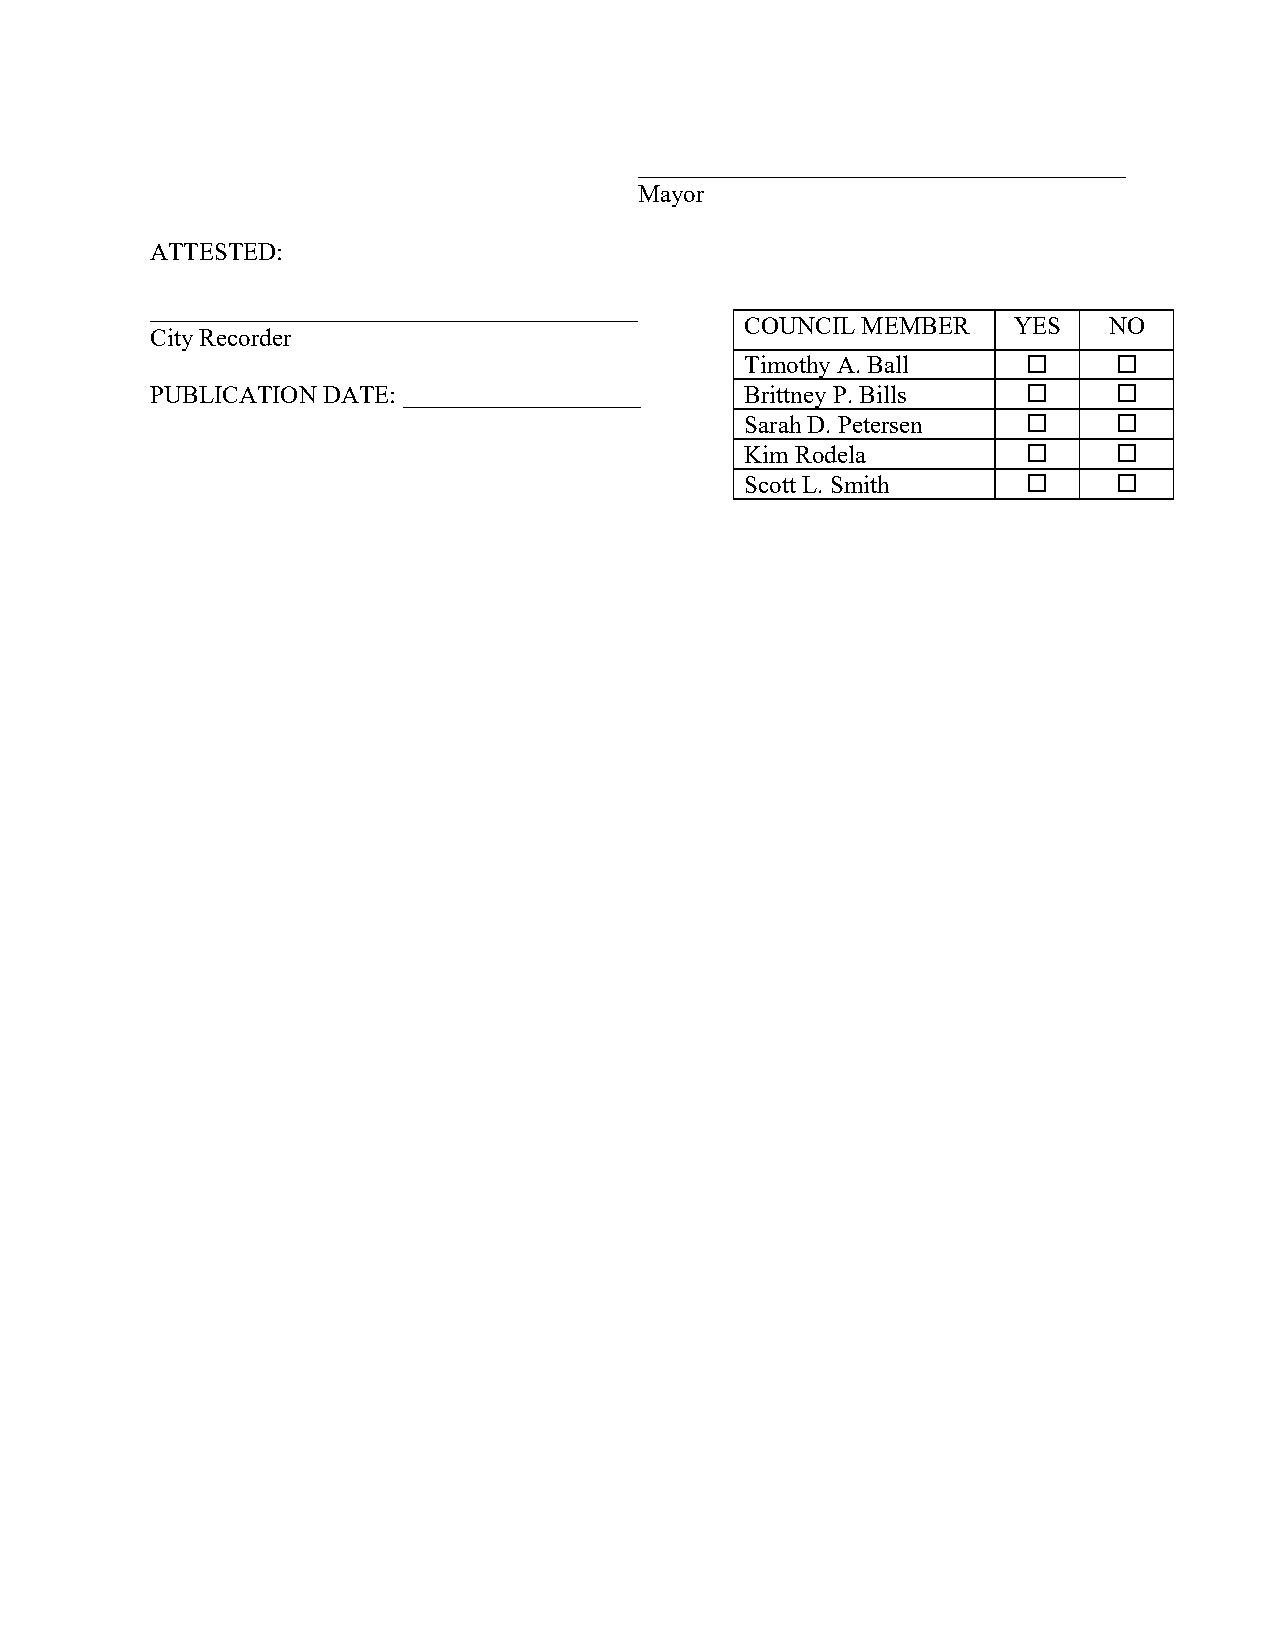
_______________________________________
 Mayor
 ATTESTED:
 _______________________________________
 COUNCIL MEMBER    YES   NO
 City Recorder
 Timothy A. Ball         
 PUBLICATION DATE: ___________________  Brittney P. Bills       
 Sarah D. Petersen       
 Kim Rodela              
 Scott L. Smith          